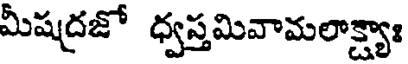
మీషద్రజో ధ్వస్తమివామలాక్ష్యాః